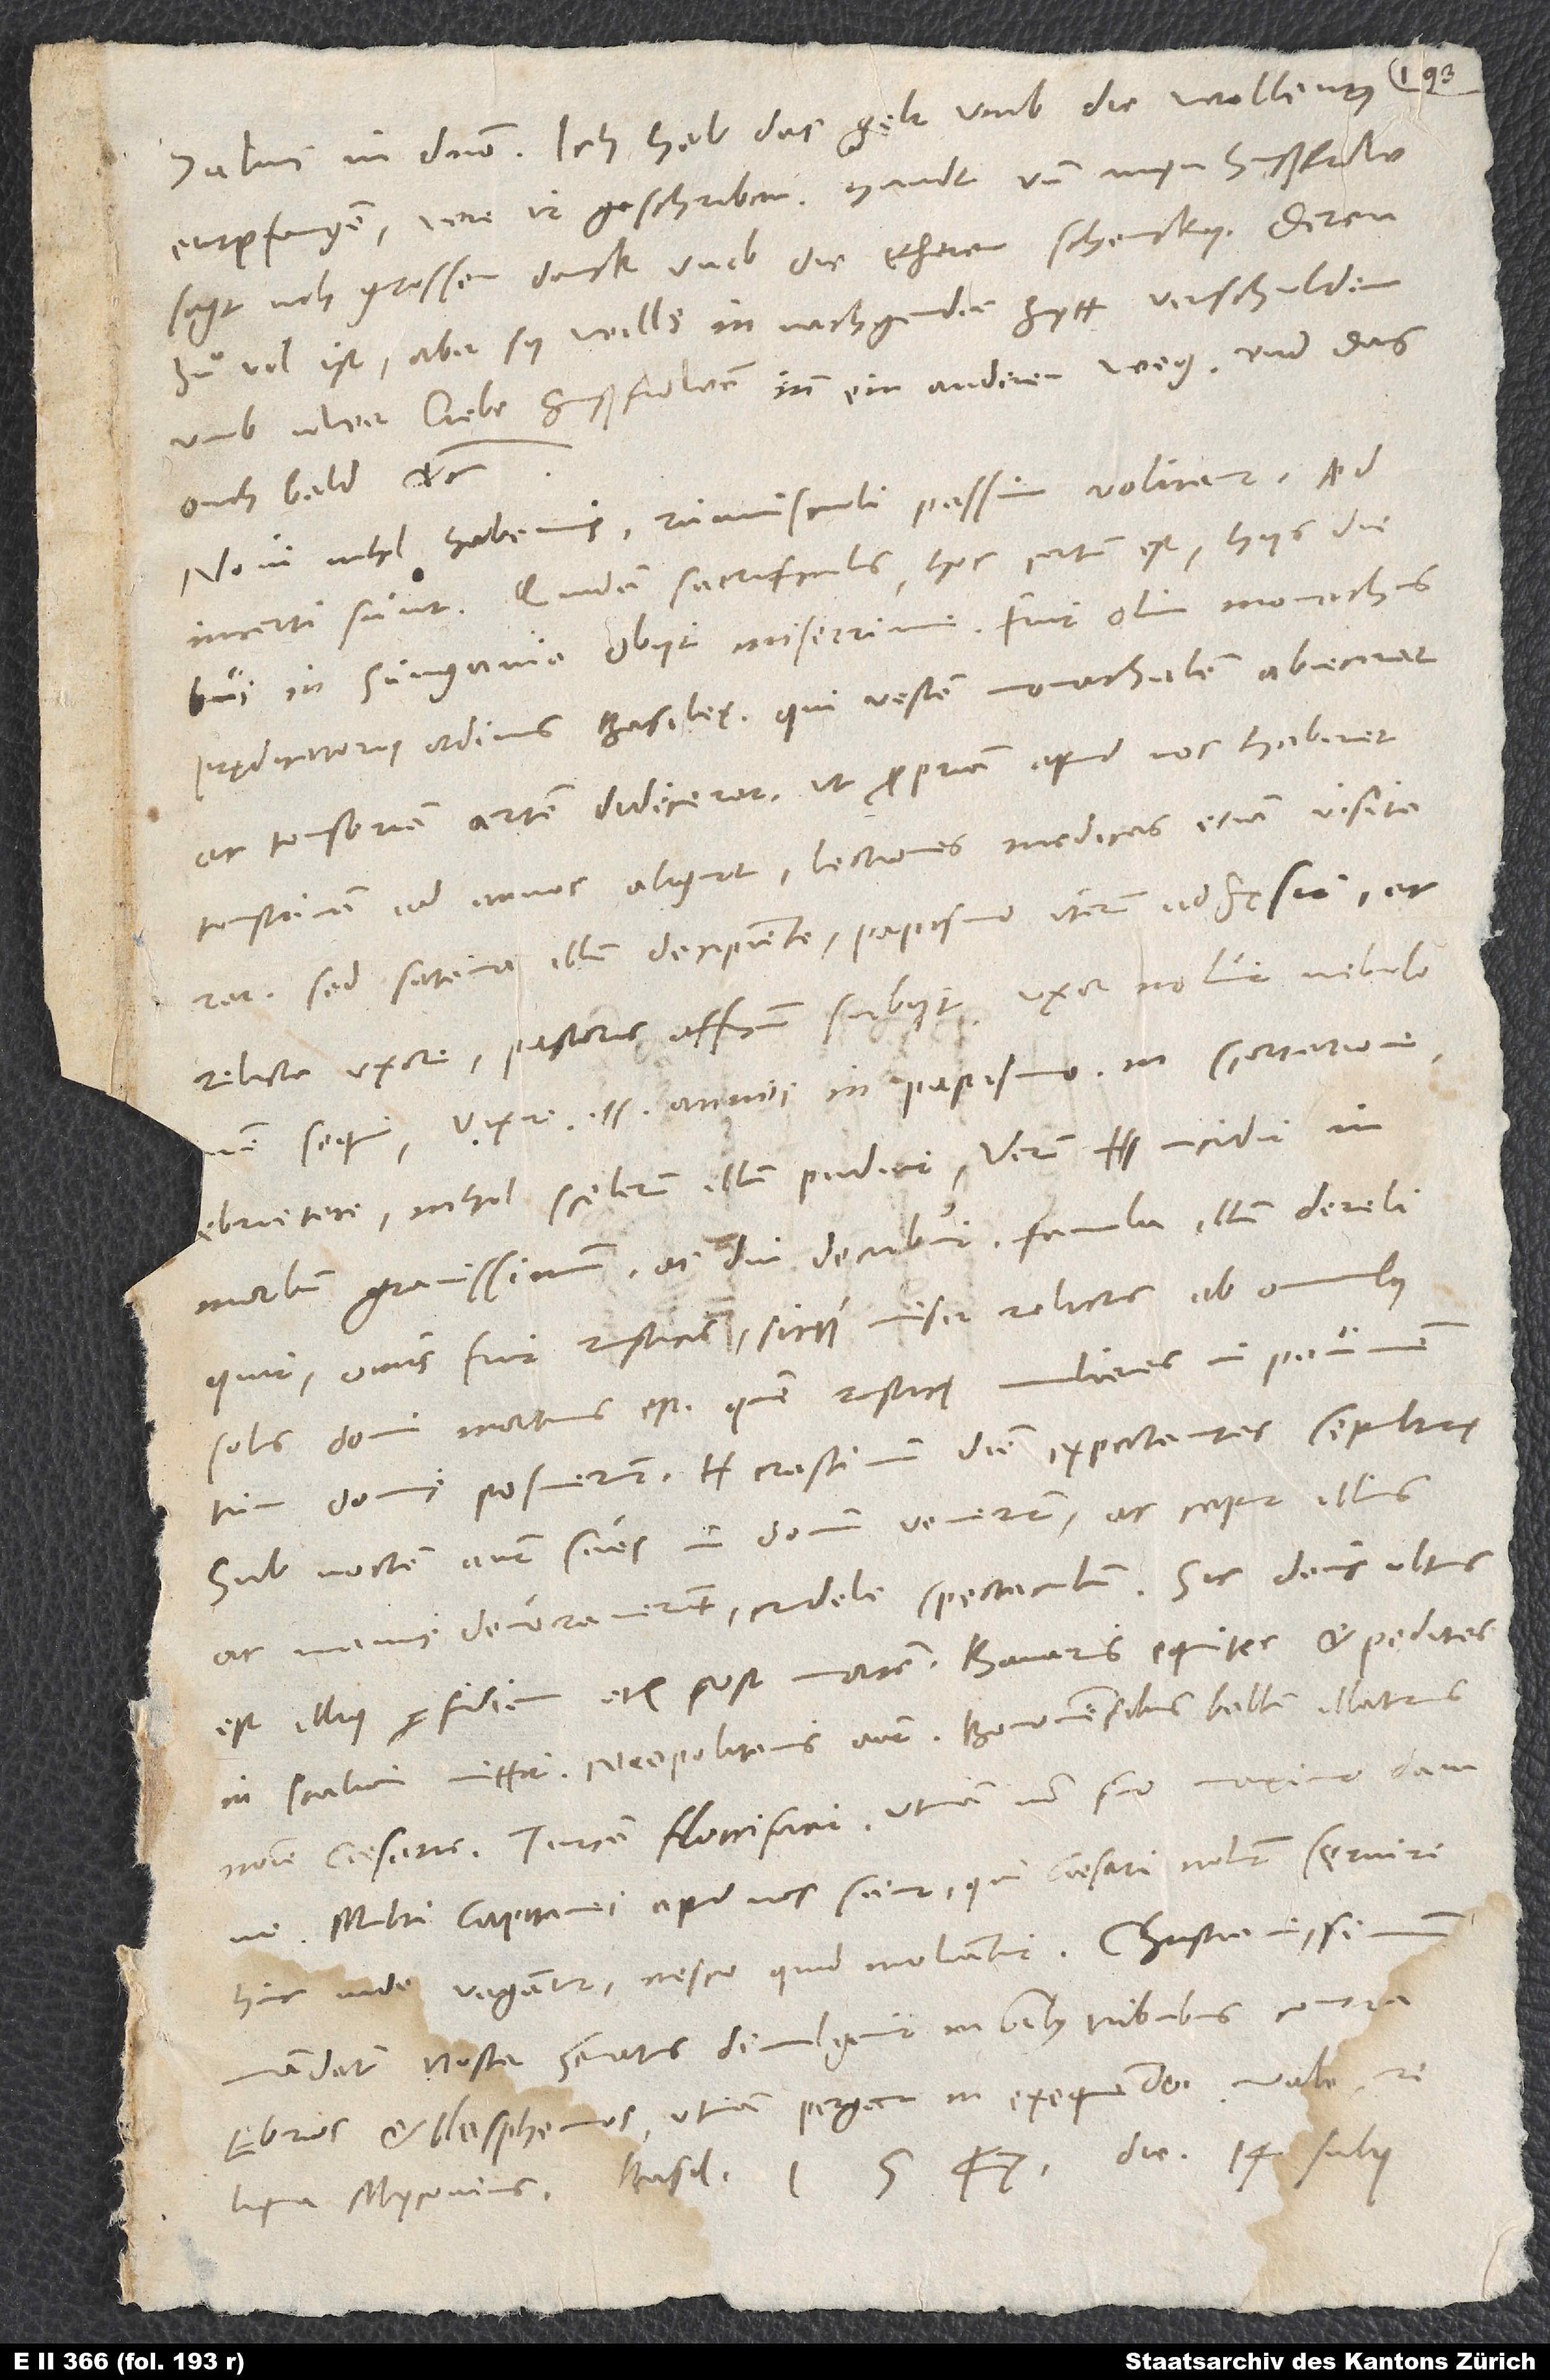
Salvus in domino. Ich hab das gelt umb die wollen
entpfangen, wie ir geschriben handt, und myn hußfrow
sagt uch grossen danck umb die eherenschencky, deren
zuͦ vil ist! Aber sy wills in nachgender zytt verschulden
umb uwer liebe hußfrowen inn ein anderen weg und das
ouch bald, etc.
Novi nihil habemus. Rumusculi passim volitant, sed
incerti sunt. Quidam sacrificulus(hoc certum est) hiis diebus
in Sungavio obiit miserrime. Fuit olim monachus
prędicatorii ordinis Basileę, qui vestem monachalem abiecerat
et tonsoriam artem didicerat, ut propriam apud nos haberet
tonstrinam ad annos aliquot, lectiones medicas etiam visitaret.
Sed satana illum decipiente papismo iterum adhęsit et
relicta uxore pastoris officium subiit. Uxor noluit nebulonem
sequi. Vixit 11 annis in papismo, in scortatione,
ebrietate. Nihil scelerum illum puduit. Verum incidit in
morbum gravissimum ac diu decubuit. Famula illum dereliquit.
Onus fuit rusticus, sicque miser relictus ab omnibus
solus domi mortuus est, quem rusticę mulieres in pavimentum
domi posuerunt, crastinum diem expectantes sepulturę.
Sub noctem autem sues in domum venerunt ac caput illius
ac manus devoraverunt - crudele spectaculum! Sic deus ultus
in Italiam mittit Neapolitanis aut Bononiensibus bellum illaturus
nomine caesaris. Turcam floccifacit, utinam non suo maximo damno.
Multi capitanei apud nos sunt, qui caesari nolunt servire.
mandatum noster senatus divulgavit in omnibus tribubus contra
ebrios et blasphemos. Utinam pergat in exequendo!
Reliqua Myconius. Basileae, 1547, die 14. iulii.